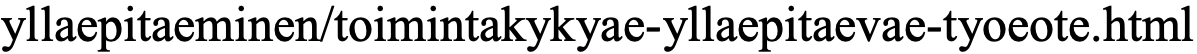
yllaepitaeminen/toimintakykyae-yllaepitaevae-tyoeote.html